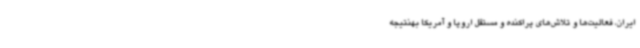
ایران، فعالیت‌ها و تلاش‌های پراکنده و مستقل اروپا و آمریکا بهنتیجه